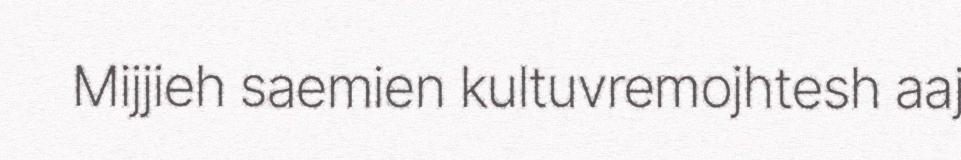
Mijjieh saemien kultuvremojhtesh aaj